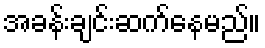
အခန်းချင်းဆက်နေမည်။